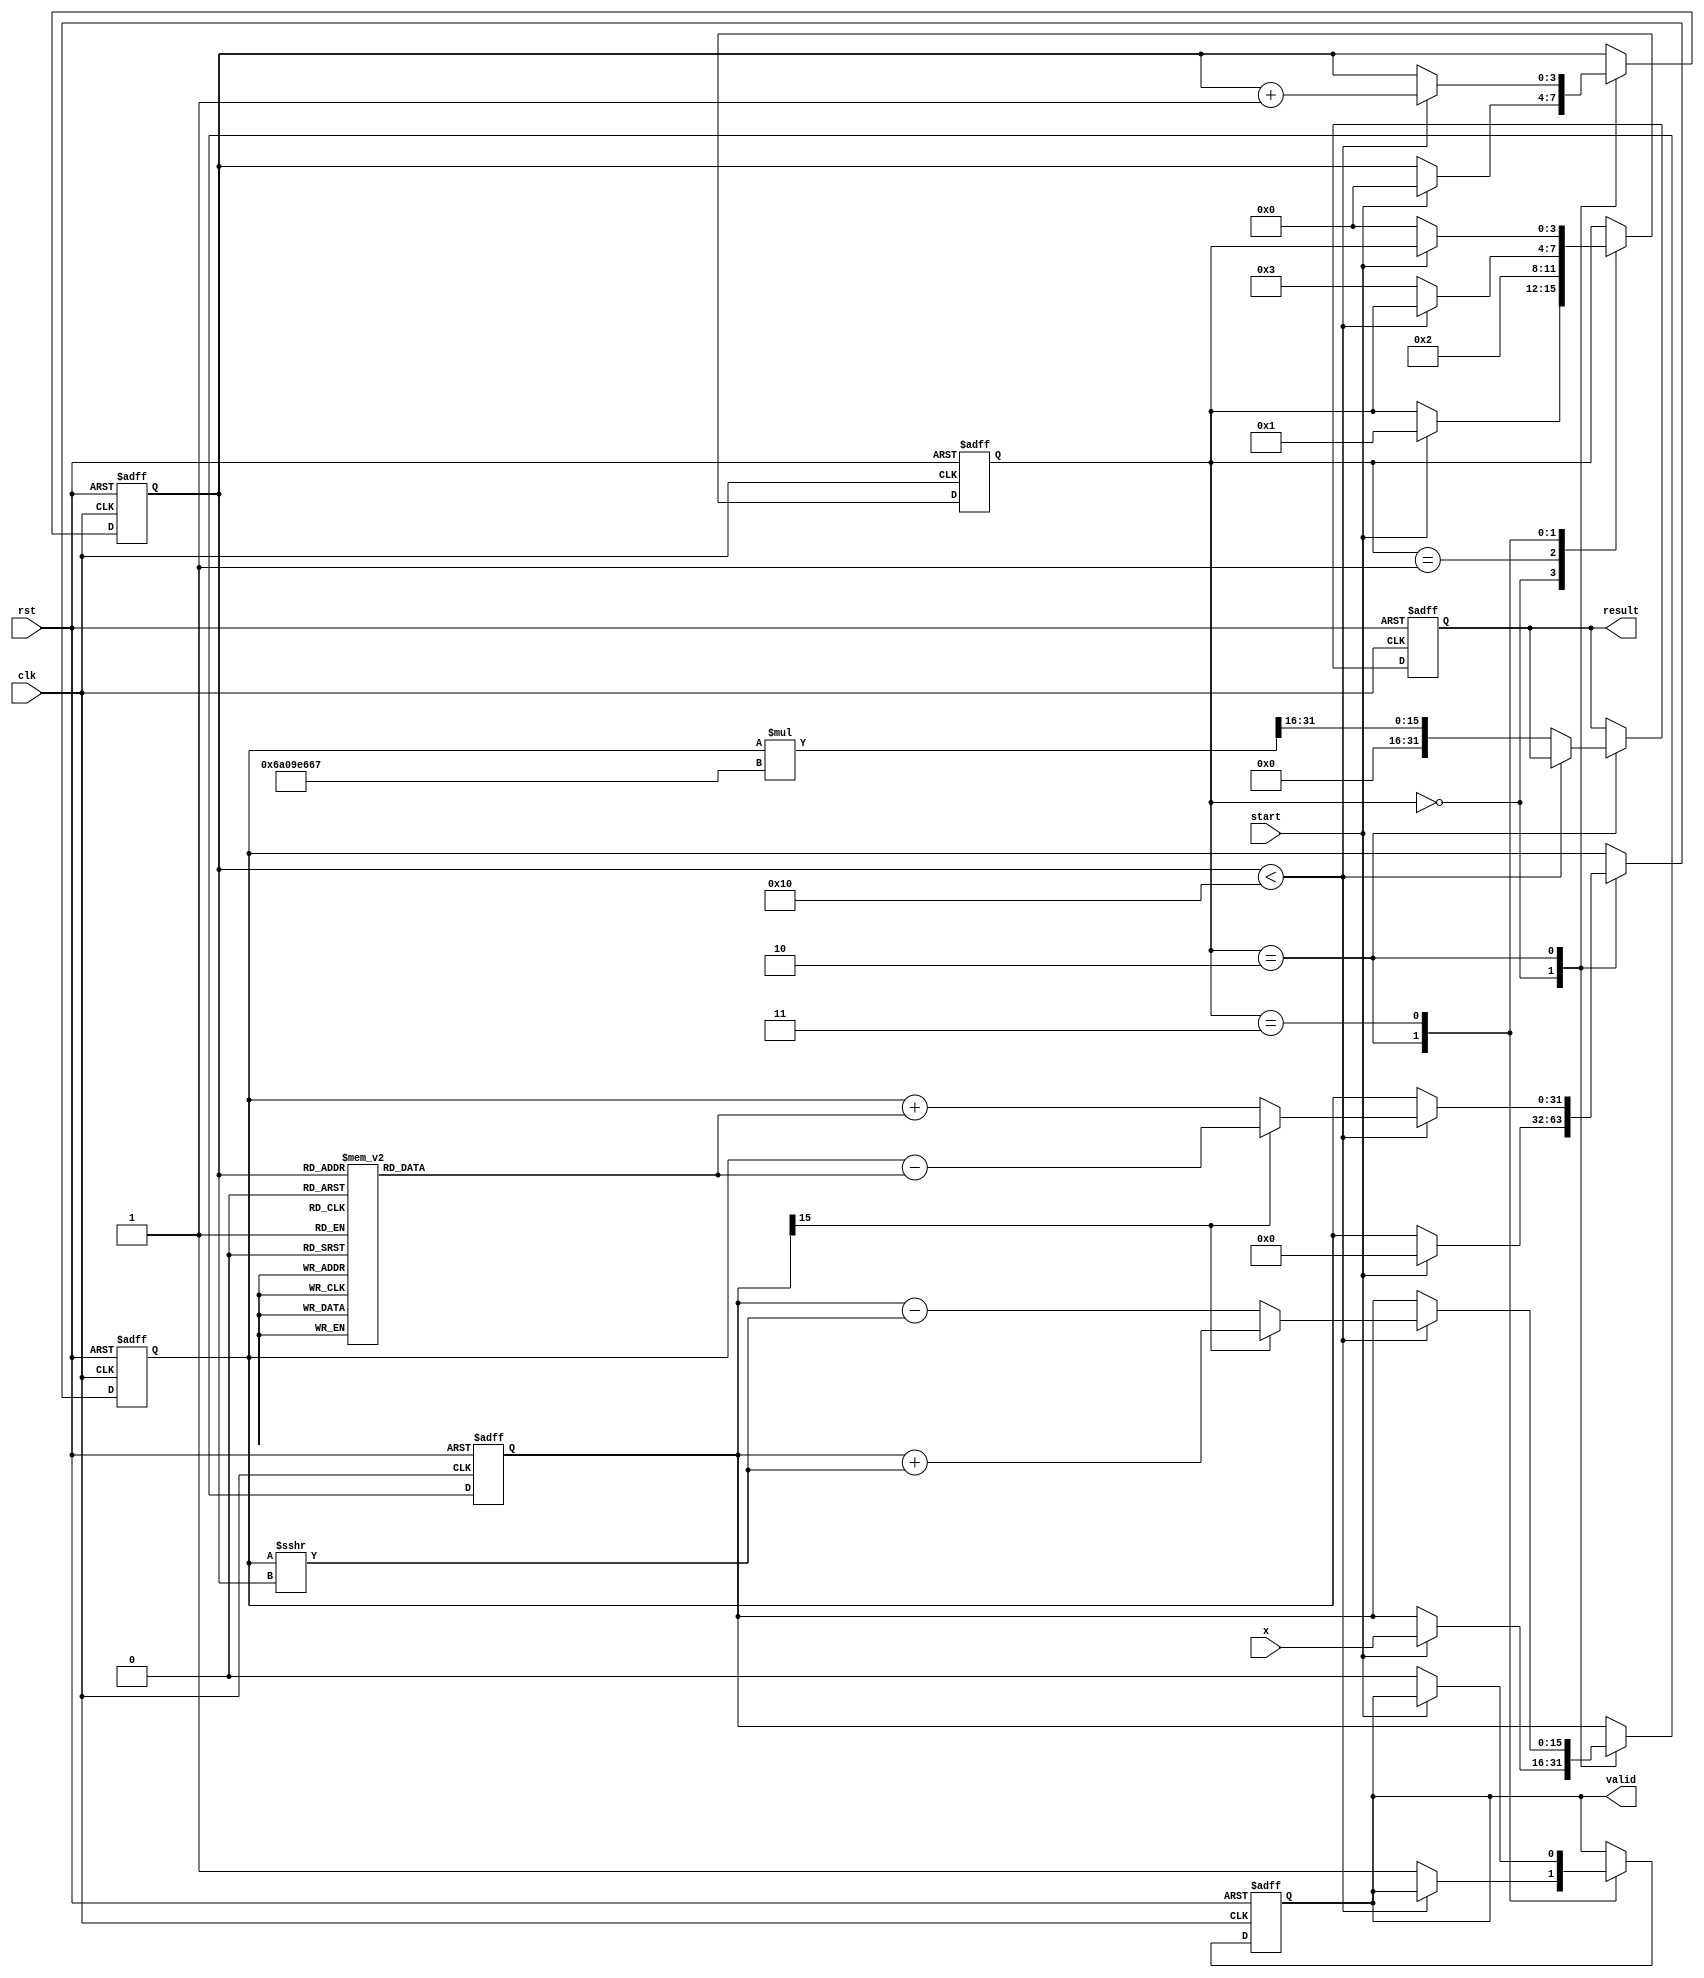
module cordic_exponential (
    input wire clk,
    input wire rst,
    input wire [15:0] x,         // Fixed-point input value
    input wire start,            // Control signal to start computation
    output reg [31:0] result,    // Fixed-point output value
    output reg valid             // Output valid signal
);

    parameter NUM_ITERATIONS = 16; // Number of CORDIC iterations
    parameter ANGLE_WIDTH = 16;     // Width of angle representation
    parameter GAIN = 32'h16A09E667; // Precomputed scaling factor for e^x

    reg [15:0] angle_table [0:NUM_ITERATIONS-1]; // Angle lookup table
    reg [15:0] x_reg;                       // Register to hold input value
    reg [31:0] z_reg;                       // Accumulator for the result
    reg [3:0] state;                        // State for control logic
    reg [3:0] iteration;                    // Iteration counter

    // State encoding
    localparam IDLE = 0;
    localparam INIT = 1;
    localparam CALC = 2;
    localparam DONE = 3;

    // Initialize angle table
    initial begin
        angle_table[0] = 16'h0000; // atan(0)
        angle_table[1] = 16'h3C90; // atan(1/2^1)
        angle_table[2] = 16'h3B2D; // atan(1/2^2)
        angle_table[3] = 16'h3A3D; // atan(1/2^3)
        angle_table[4] = 16'h39F2; // atan(1/2^4)
        angle_table[5] = 16'h39A3; // atan(1/2^5)
        angle_table[6] = 16'h3957; // atan(1/2^6)
        angle_table[7] = 16'h392D; // atan(1/2^7)
        angle_table[8] = 16'h3916; // atan(1/2^8)
        angle_table[9] = 16'h390B; // atan(1/2^9)
        angle_table[10] = 16'h3900; // atan(1/2^10)
        angle_table[11] = 16'h38F8; // atan(1/2^11)
        angle_table[12] = 16'h38F2; // atan(1/2^12)
        angle_table[13] = 16'h38E6; // atan(1/2^13)
        angle_table[14] = 16'h38DB; // atan(1/2^14)
        angle_table[15] = 16'h38D1; // atan(1/2^15)
    end

    // State machine for CORDIC operation
    always @(posedge clk or posedge rst) begin
        if (rst) begin
            state <= IDLE;
            valid <= 0;
            result <= 0;
            iteration <= 0;
            z_reg <= 0;
            x_reg <= 0;
        end else begin
            case (state)
                IDLE: begin
                    if (start) begin
                        x_reg <= x; // Load input
                        z_reg <= 0; // Initialize accumulator
                        iteration <= 0; // Reset iteration counter
                        state <= INIT; // Move to initialization
                    end
                end
                INIT: begin
                    // Initialize state and move to calculation
                    state <= CALC;
                end
                CALC: begin
                    if (iteration < NUM_ITERATIONS) begin
                        // CORDIC rotation
                        if (x_reg[15] == 1'b0) begin
                            z_reg <= z_reg + angle_table[iteration]; // Rotate counter-clockwise
                            x_reg <= x_reg - (z_reg >>> iteration); // Update x
                        end else begin
                            z_reg <= z_reg - angle_table[iteration]; // Rotate clockwise
                            x_reg <= x_reg + (z_reg >>> iteration); // Update x
                        end
                        iteration <= iteration + 1; // Increment the iteration counter
                    end else begin
                        // Final scaling
                        result <= (z_reg * GAIN) >>> 16; // Scale the result
                        valid <= 1; // Indicate result is valid
                        state <= DONE; // Move to done state
                    end
                end
                DONE: begin
                    if (!start) begin
                        valid <= 0; // Reset valid signal
                        state <= IDLE; // Go back to idle
                    end
                end
            endcase
        end
    end
endmodule